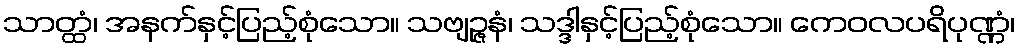
သာတ္ထံ၊ အနက်နှင့်ပြည့်စုံသော။ သဗျဉ္ဇနံ၊ သဒ္ဒါနှင့်ပြည့်စုံသော။ ကေဝလပရိပုဏ္ဏံ၊